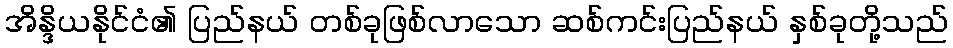
အိန္ဒိယနိုင်ငံ၏ ပြည်နယ် တစ်ခုဖြစ်လာသော ဆစ်ကင်းပြည်နယ် နှစ်ခုတို့သည်